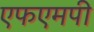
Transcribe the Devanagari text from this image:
एफएमपी